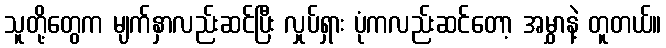
သူတို့တွေက မျက်နှာလည်းဆင်ပြီး လှုပ်ရှား ပုံကလည်းဆင်တော့ အမွှာနဲ့ တူတယ်။